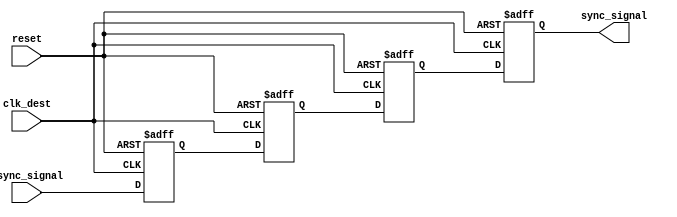
module triple_flip_flop_synchronizer (
    input wire clk_dest,        // Destination clock
    input wire async_signal,    // Asynchronous input signal
    input wire reset,           // Reset signal
    output reg sync_signal      // Synchronized output signal
);

    // Internal signals for the flip-flops
    reg ff1, ff2, ff3;

    // Sequential logic for the flip-flops
    always @(posedge clk_dest or posedge reset) begin
        if (reset) begin
            ff1 <= 1'b0;         // Initialize FF1 to 0 on reset
            ff2 <= 1'b0;         // Initialize FF2 to 0 on reset
            ff3 <= 1'b0;         // Initialize FF3 to 0 on reset
            sync_signal <= 1'b0; // Initialize output to 0 on reset
        end else begin
            ff1 <= async_signal;  // Sample async_signal in FF1
            ff2 <= ff1;           // Sample FF1 output in FF2
            ff3 <= ff2;           // Sample FF2 output in FF3
            sync_signal <= ff3;   // Output the result from FF3
        end
    end

endmodule